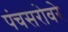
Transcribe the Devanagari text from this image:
पंचसरोवरे